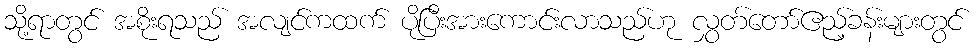
သို့ရာတွင် အစိုးရသည် အလျင်ကထက် ပိုပြီးအားကောင်းလာသည်ဟု လွှတ်တော်ဧည့်ခန်းများတွင်